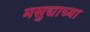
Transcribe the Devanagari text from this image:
मसुद्याच्या